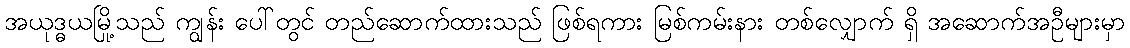
အယုဒ္ဓယမြို့သည် ကျွန်း ပေါ်တွင် တည်ဆောက်ထားသည် ဖြစ်ရကား မြစ်ကမ်းနား တစ်လျှောက် ရှိ အဆောက်အဦများမှာ